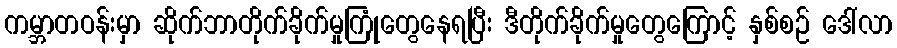
ကမ္ဘာတဝန်းမှာ ဆိုက်ဘာတိုက်ခိုက်မှုကြုံတွေနေရပြီး ဒီတိုက်ခိုက်မှုတွေကြောင့် နှစ်စဉ် ဒေါ်လာ